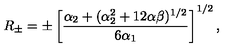
R _ { \pm } = \pm \left[ \frac { \alpha _ { 2 } + ( \alpha _ { 2 } ^ { 2 } + 1 2 \alpha \beta ) ^ { 1 / 2 } } { 6 \alpha _ { 1 } } \right] ^ { 1 / 2 } ,